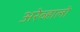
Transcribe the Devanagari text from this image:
अरेव्हालो